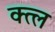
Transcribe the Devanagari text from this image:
क्त्ल